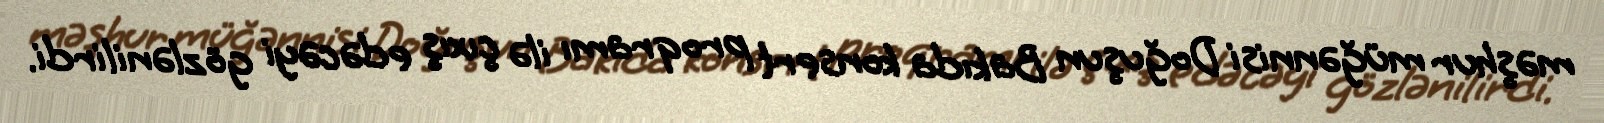
məşhur müğənnisi Doğuşun Bakıda konsert proqramı ilə çıxış edəcəyi gözlənilirdi.